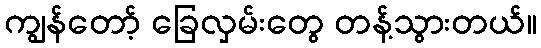
ကျွန်တော့် ခြေလှမ်းတွေ တန့်သွားတယ်။